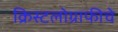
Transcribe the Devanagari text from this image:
क्रिस्टलोग्राफीचे